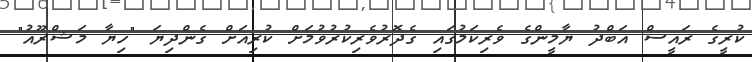
ކުރީގެ ރައީސް އަބްދު ޔާމީންގެ ވެރިކަމުގައި ގެދޮރުވެރިކުރުވުމަށް ކުރިއަށް ގެންދިޔަ "ހިޔާ މަޝްރޫއު"